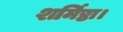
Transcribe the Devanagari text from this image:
शर्मिष्ठा।